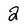
Character: 2